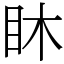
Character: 𥄢